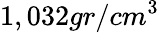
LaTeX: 1,032gr/cm^{3}